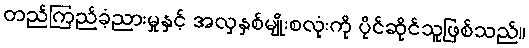
တည်ကြည်ခံ့ညားမှုနှင့် အလှနှစ်မျိုးစလုံးကို ပိုင်ဆိုင်သူဖြစ်သည်။